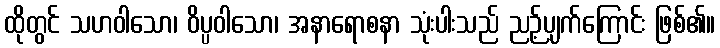
ထိုတွင် သဟဝါသော၊ ဝိပ္ပဝါသော၊ အနာရောစနာ သုံးပါးသည် ညဉ့်ပျက်ကြောင်း ဖြစ်၏။